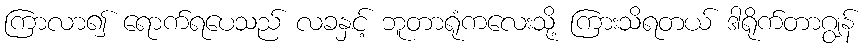
ကြာလာ၍ ရောက်ရပေသည် လခနှင့် ဘူတာရုံကလေးသို့ ကြားသိရတယ် ဒါရိုက်တာဂျွန်